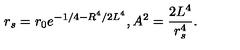
r _ { s } = r _ { 0 } e ^ { - 1 / 4 - R ^ { 4 } / 2 L ^ { 4 } } , A ^ { 2 } = { \frac { 2 L ^ { 4 } } { r _ { s } ^ { 4 } } } .